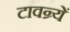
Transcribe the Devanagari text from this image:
टावन्र्यें